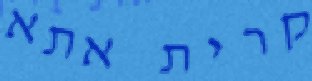
קרית אתא